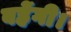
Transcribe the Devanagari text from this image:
बहेंगी।